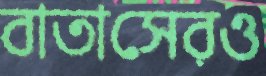
বাতাসেরও